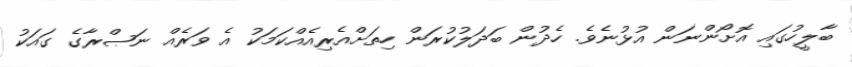
ބާލީހުގައި އޮށޯންނަން އުޅުނެވެ. ހެދުން ބަދަލުކުރަން ހިތަށްއެރިއެއްކަމަކު އެ ވަރެއް ނަޞްރާގެ ގައަކު